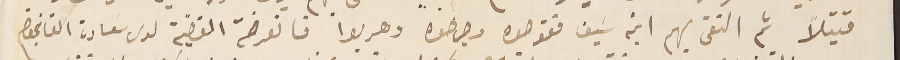
قتيلاً ثم التقى بهم ابنه سَيف فقوصوه وجرحوه وهربوا فانعرضت القضية لدى سَعادة القايمقام